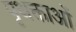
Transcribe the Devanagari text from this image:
पृथक्ताओं